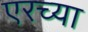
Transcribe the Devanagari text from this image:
एरच्या